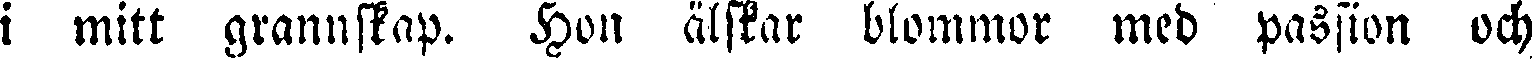
i mitt grannskap. Hon älskar blommor med passion och